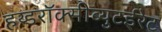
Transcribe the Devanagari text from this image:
हय्डरॉक्सीब्युटईरेट